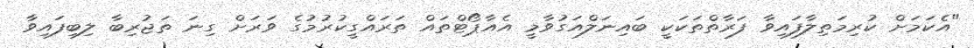
"އެކަމަށް ކުރިމަތިލާފައިވާ ފަރާތްތަކަކީ ބައިނަލްއަގުވާމީ އެއާޕޯޓްތައް ތަރައްގީކުރުމުގެ ވަރަށް ގިނަ ތަޖުރިބާ ލިބިފައިވާ